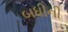
બધીની